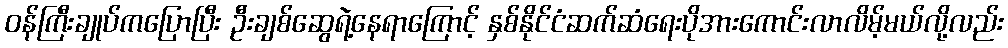
ဝန်ကြီးချုပ်ကပြောပြီး ဦးချစ်ဆွေရဲ့နေရာကြောင့် နှစ်နိုင်ငံဆက်ဆံရေးပိုအားကောင်းလာလိမ့်မယ်လို့လည်း